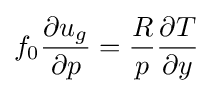
f_{0}{\frac {\partial u_{g}}{\partial p}}={\frac {R}{p}}{\frac {\partial T}{\partial y}}